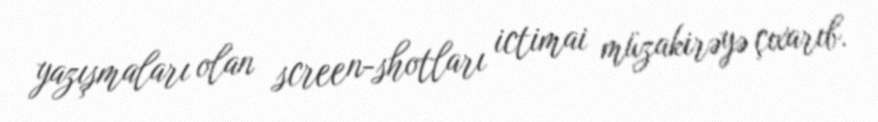
yazışmaları olan screen-shotları ictimai müzakirəyə çıxarıb.